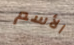
الأسم